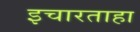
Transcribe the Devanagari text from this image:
इचारताहा